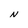
Character: N